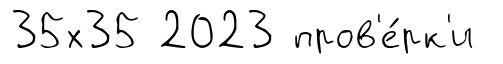
35х35 2023 пров'е́рк'и